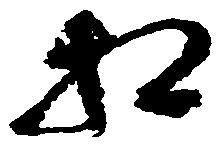
相